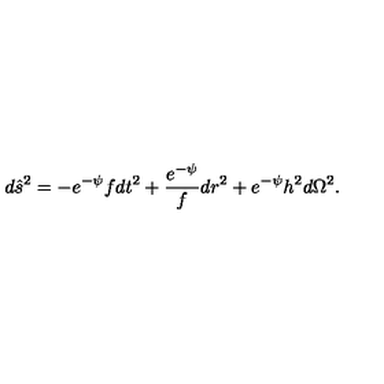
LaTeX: d \hat { s } ^ { 2 } = - e ^ { - \psi } f d t ^ { 2 } + \frac { e ^ { - \psi } } { f } d r ^ { 2 } + e ^ { - \psi } h ^ { 2 } d \Omega ^ { 2 } .